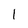
Character: 1